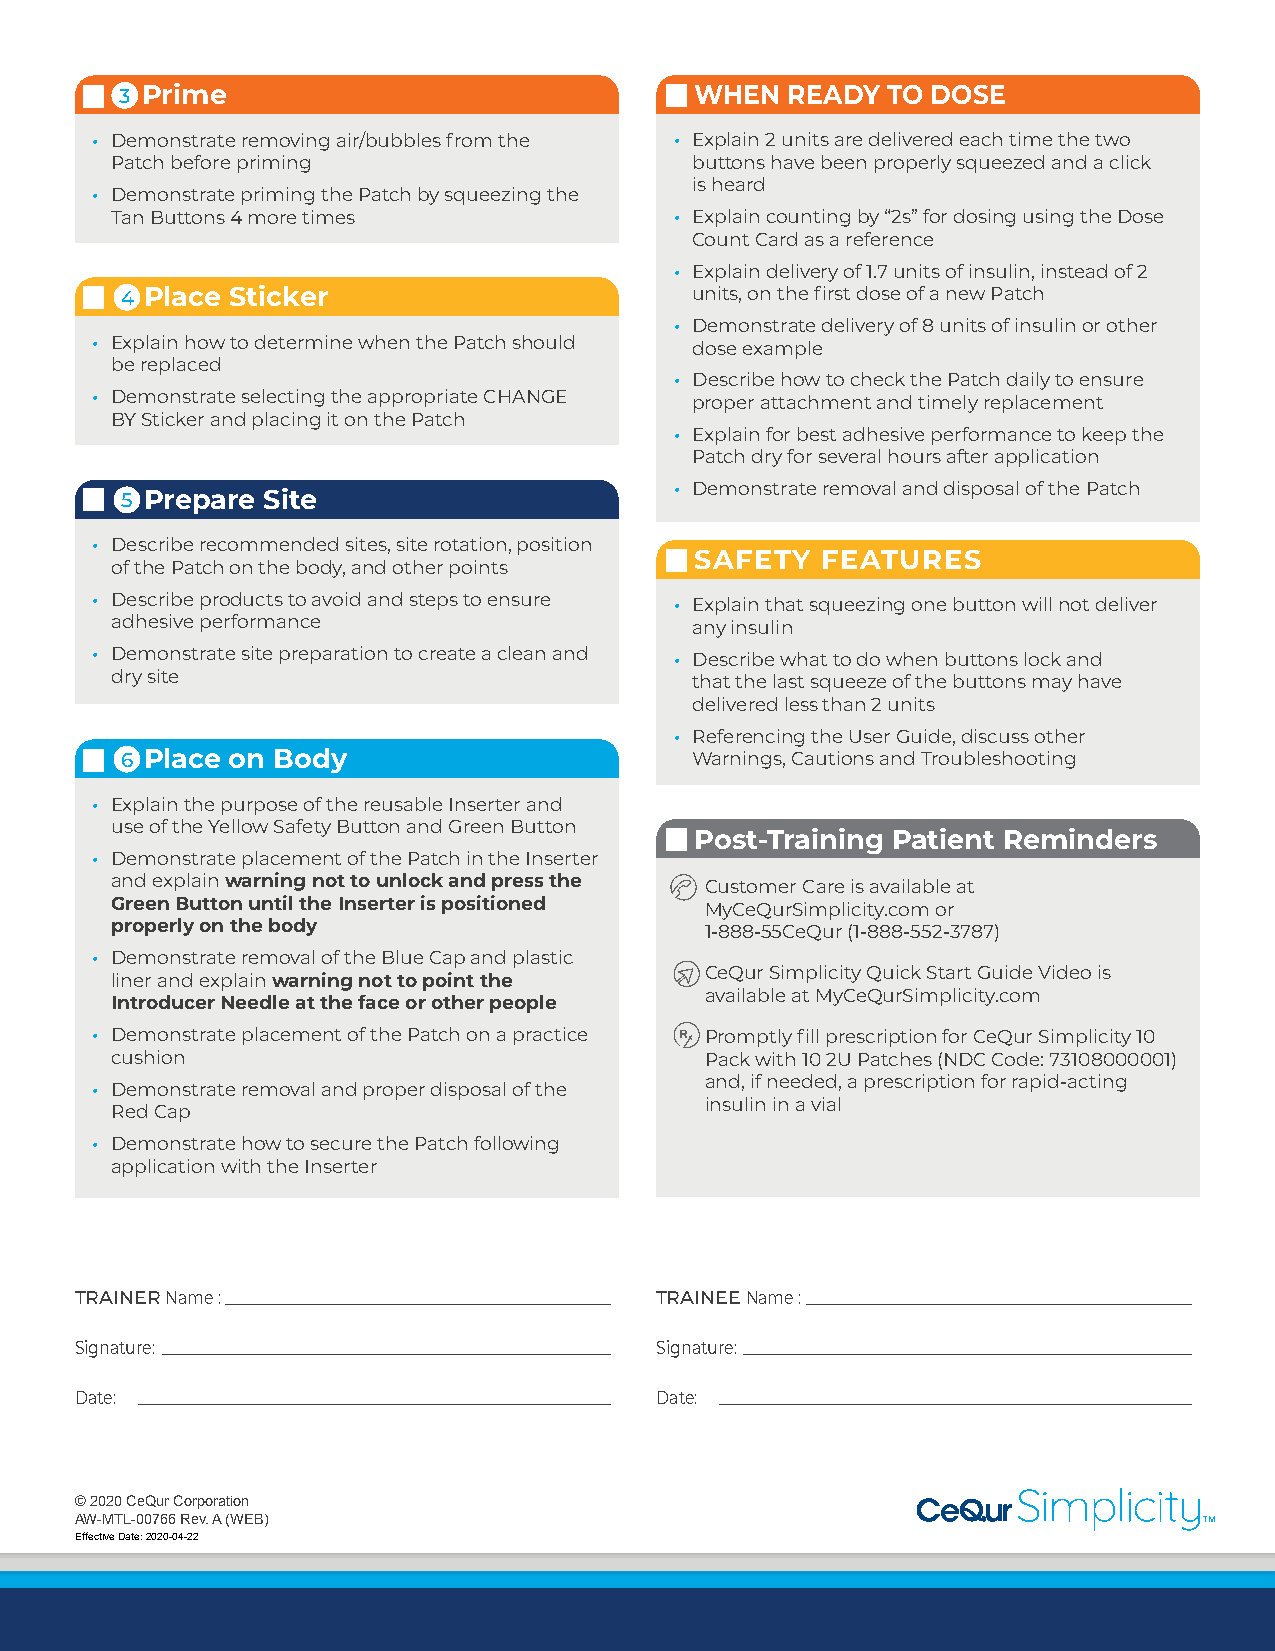
3 Prime                               WHEN  READY  TO DOSE
 • Demonstrate removing air/bubbles from the • Explain 2 units are delivered each time the two
 Patch before priming                   buttons have been properly squeezed and a click
 is heard
 • Demonstrate priming the Patch by squeezing the
 Tan Buttons 4 more times              • Explain counting by “2s” for dosing using the Dose
 Count Card as a reference
 • Explain delivery of 1.7 units of insulin, instead of 2
 4 Place Sticker                       units, on the first dose of a new Patch
 • Demonstrate delivery of 8 units of insulin or other
 • Explain how to determine when the Patch should dose example
 be replaced
 • Describe how to check the Patch daily to ensure
 • Demonstrate selecting the appropriate CHANGE proper attachment and timely replacement
 BY Sticker and placing it on the Patch
 • Explain for best adhesive performance to keep the
 Patch dry for several hours after application
 • Demonstrate removal and disposal of the Patch
 5 Prepare Site
 • Describe recommended sites, site rotation, position
 SAFETY  FEATURES
 of the Patch on the body, and other points
 • Describe products to avoid and steps to ensure • Explain that squeezing one button will not deliver
 adhesive performance                   any insulin
 • Demonstrate site preparation to create a clean and • Describe what to do when buttons lock and
 dry site                               that the last squeeze of the buttons may have
 delivered less than 2 units
 • Referencing the User Guide, discuss other
 6 Place on Body                       Warnings, Cautions and Troubleshooting
 • Explain the purpose of the reusable Inserter and
 use of the Yellow Safety Button and Green Button
 Post-Training Patient Reminders
 • Demonstrate placement of the Patch in the Inserter
 and explain warning not to unlock and press the Customer Care is available at
 Green Button until the Inserter is positioned MyCeQurSimplicity.com or
 properly on the body                    1-888-55CeQur (1-888-552-3787)
 • Demonstrate removal of the Blue Cap and plastic
 CeQur Simplicity Quick Start Guide Video is
 liner and explain warning not to point the
 available at MyCeQurSimplicity.com
 Introducer Needle at the face or other people
 • Demonstrate placement of the Patch on a practice Promptly fill prescription for CeQur Simplicity 10
 cushion                                 Pack with 10 2U Patches (NDC Code: 73108000001)
 and, if needed, a prescription for rapid-acting
 • Demonstrate removal and proper disposal of the
 insulin in a vial
 Red Cap
 • Demonstrate how to secure the Patch following
 application with the Inserter
 TRAINER Name : _________________________________________________ TRAINEE Name : _________________________________________________
 Signature: _________________________________________________________ Signature: _________________________________________________________
 Date: ____________________________________________________________ Date: ____________________________________________________________
 © 2020 CeQur Corporation
 AW-MTL-00766 Rev. A (WEB)
 Effective Date: 2020-04-22